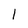
Character: l